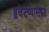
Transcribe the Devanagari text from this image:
॥वेदव्यासश्च